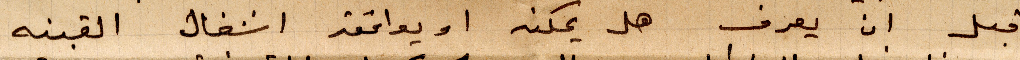
قبل ان يعرف هل يمكنه او يوافقه اشغال القبنه